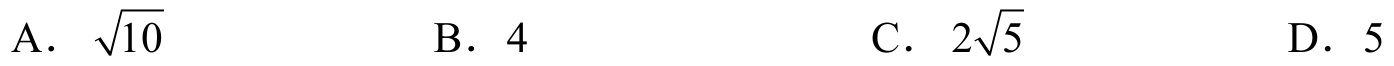
A. \(\sqrt{10}\)  \(\qquad\) B. \(4\)  \(\qquad\) C. \(2\sqrt{5}\)  \(\qquad\) D. \(5\)